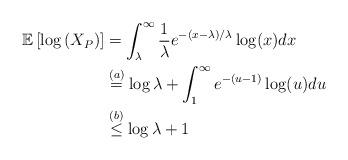
LaTeX: \begin{align*}\mathbb{E}\left[ \log\left( X_P \right) \right]&= \int_{\lambda}^\infty \frac{1}{\lambda} e^{-(x-\lambda)/\lambda} \log(x) dx \\&\stackrel{(a)}{=} \log\lambda + \int_{1}^\infty e^{-(u-1)} \log(u) du \\&\stackrel{(b)}{\leq} \log\lambda + 1\end{align*}